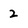
Character: 2